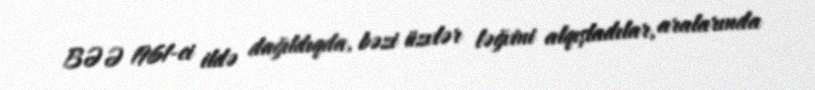
BƏƏ 1961-ci ildə dağıldıqda, bəzi üzvlər ləğvini alqışladılar, aralarında